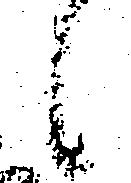
候